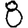
Digit: 8